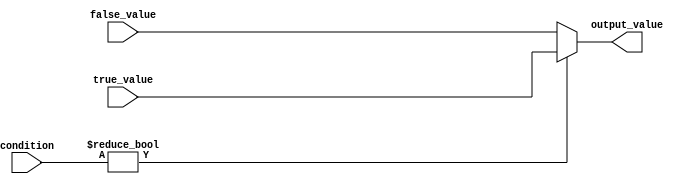
module conditional_operator_assignment (
    input wire [3:0] condition,  // Input condition (4-bit wide)
    input wire [7:0] true_value,  // Value to assign if condition is true
    input wire [7:0] false_value, // Value to assign if condition is false
    output reg [7:0] output_value  // Output value based on condition
);

// Behavioral modeling using the ternary operator
always @(*) begin
    output_value = (condition != 0) ? true_value : false_value;
end

endmodule